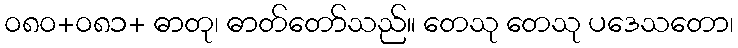
၀၈၀+၀၈၁+ ဓာတု၊ ဓာတ်တော်သည်။ တေသု တေသု ပဒေသတော၊